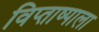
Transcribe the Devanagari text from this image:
विप्ताष्पाला